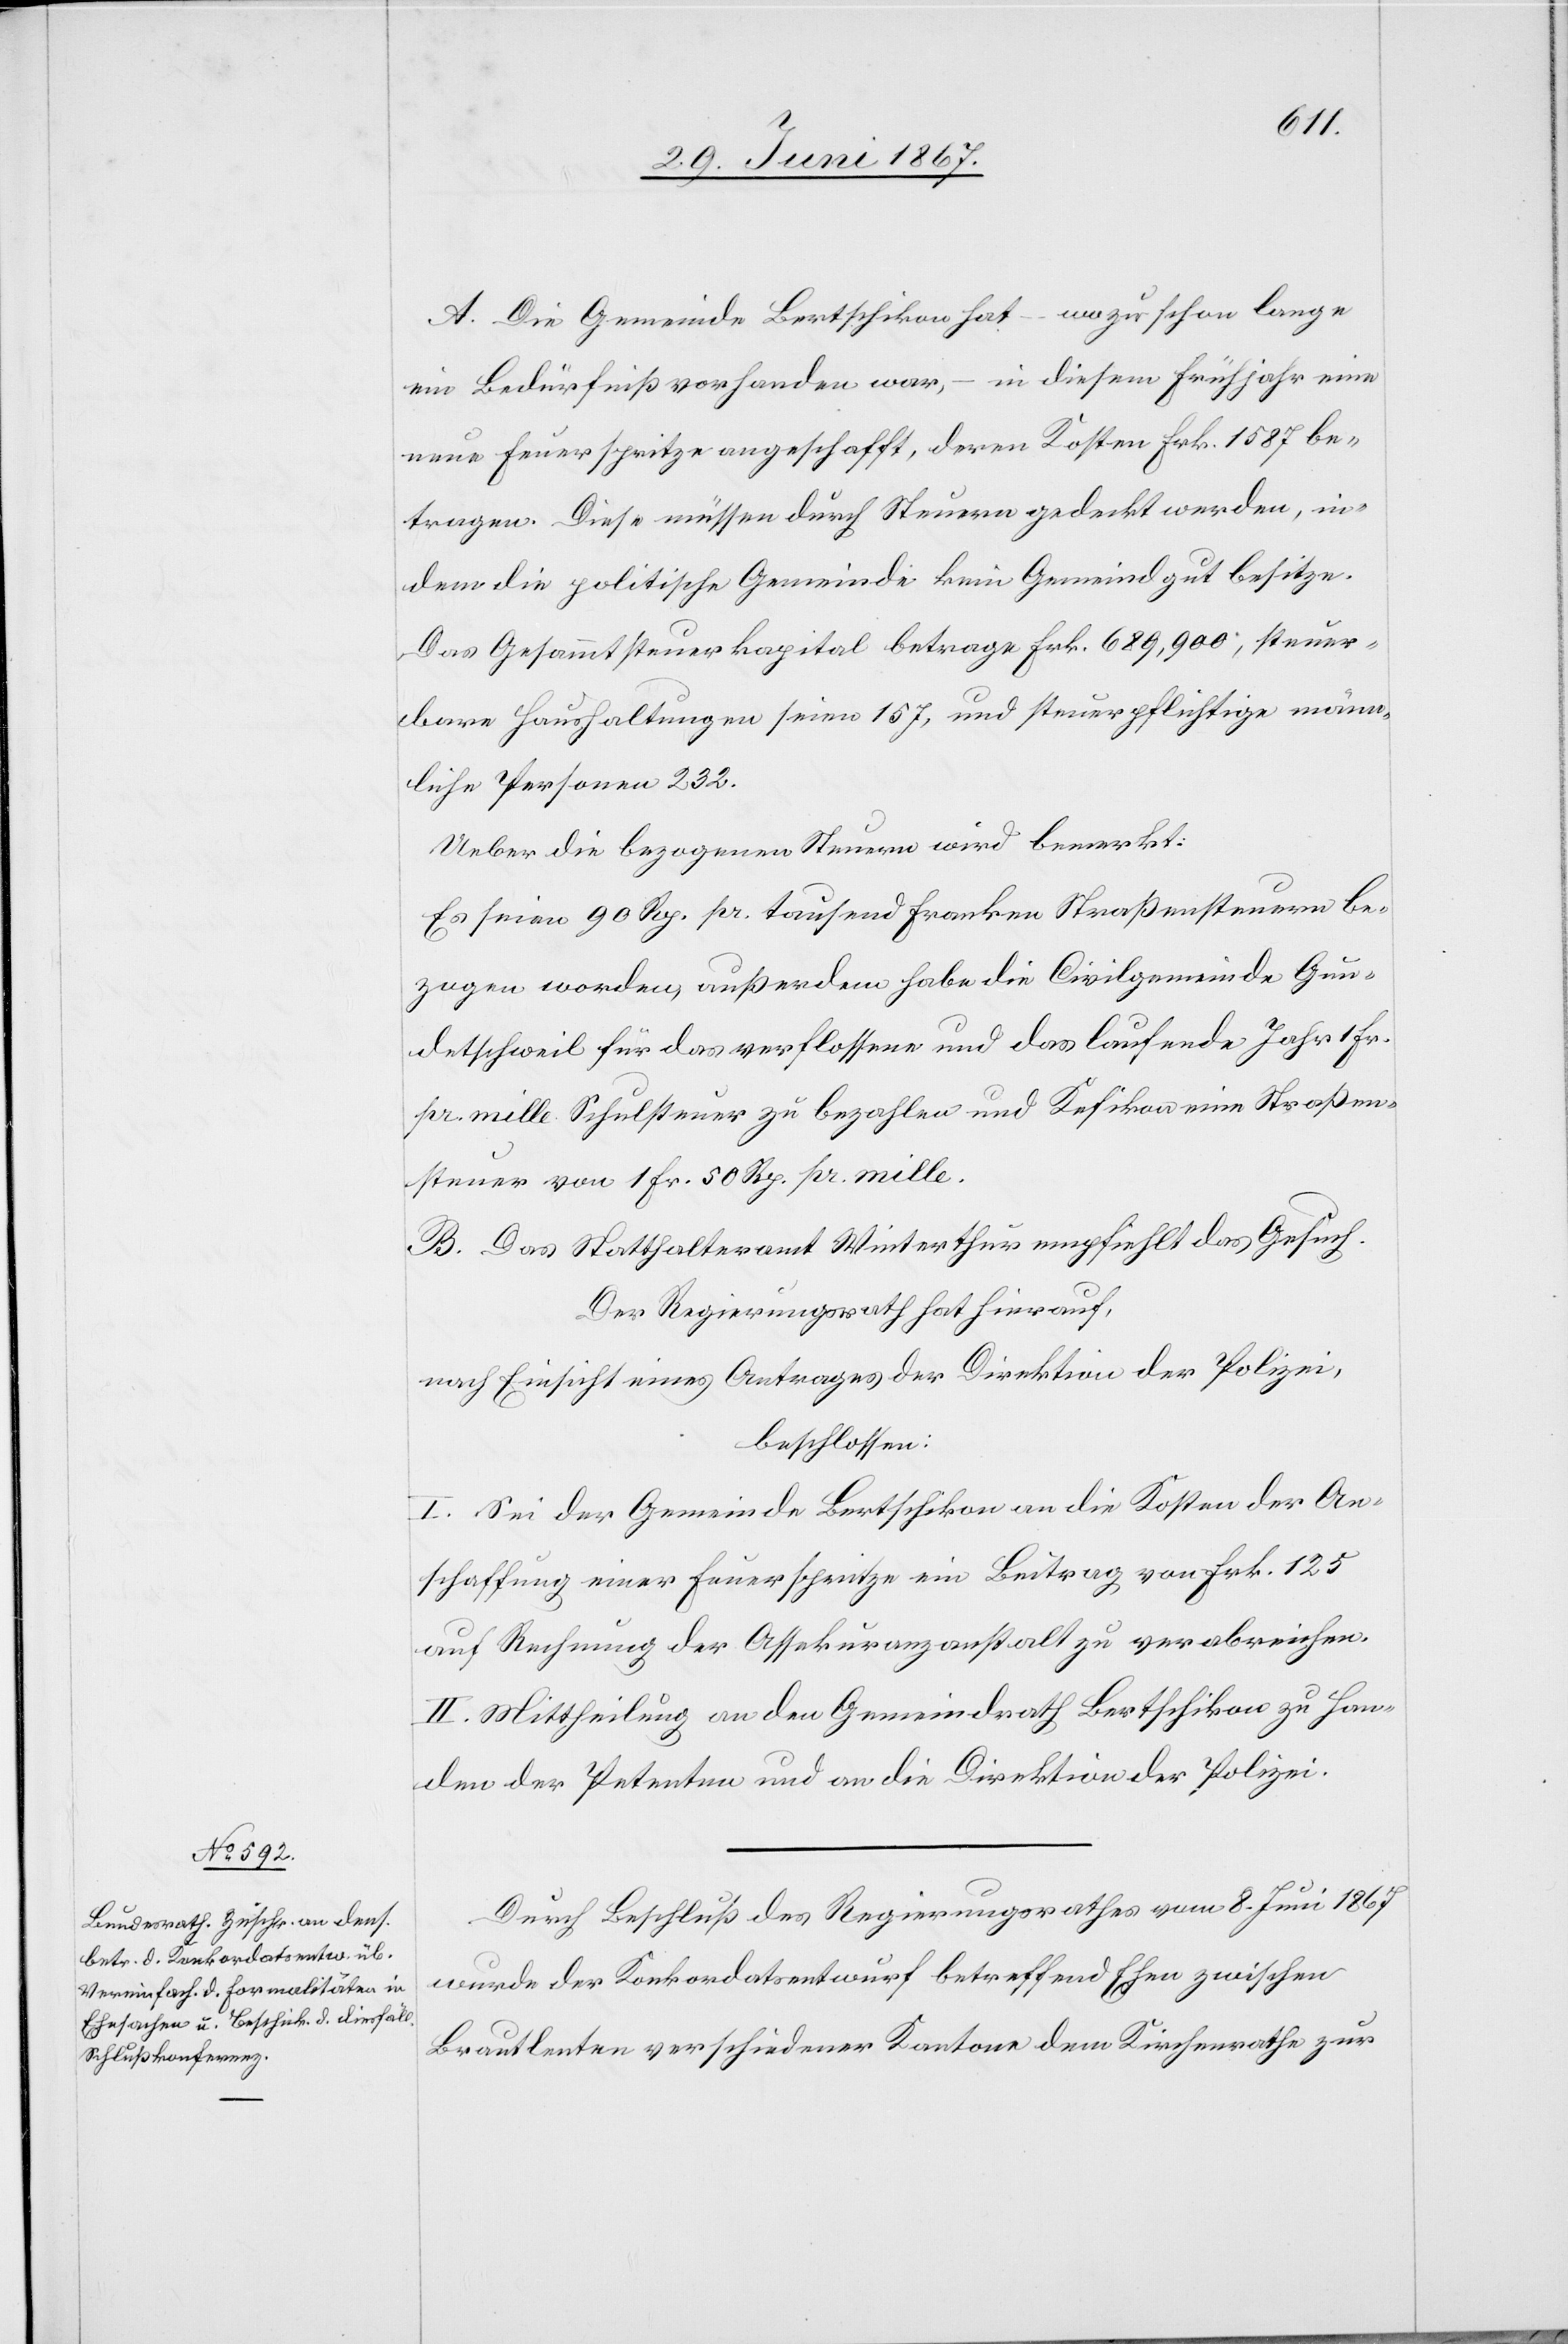
A. Die Gemeinde Bertschikon hat – wozu schon lange
ein Bedürfniß vorhanden war, – in diesem Frühjahr eine
neue Feuerspritze angeschafft, deren Kosten Frk. 1587 be¬
tragen. Diese müssen durch Steuern gedeckt werden, in¬
dem die politische Gemeinde kein Gemeindgut besitze.
Das Gesammtsteuerkapital betrage Frk. 698 900, steuer¬
bare Haushaltungen seien 157, und steuerpflichtige männ¬
liche Personen 232.
Ueber die bezogenen Steuern wird bemerkt:
Es seien 90 Rp. pr. tausend Franken Straßensteuern be¬
zogen worden, außerdem habe die Civilgemeinde Gun¬
detschweil für das verflossene und das laufende Jahr 1 Fr.
pr. mille Schulsteuer zu bezahlen und Kefikon eine Straßen¬
steuer von 1 Fr. 50 Rp. pr. mille.
B. Das Statthalteramt Winterthur empfiehlt das Gesuch.
Der Regierungsrath hat hierauf,
nach Einsicht eines Antrages der Direktion der Polizei,
beschlossen:
I. Sei der Gemeinde Bertschikon an die Kosten der An¬
schaffung einer Feuerspritze ein Beitrag von Frk. 125
auf Rechnung der Assekuranzanstalt zu verabreichen.
II. Mittheilung an den Gemeindrath Bertschikon zu Han¬
den der Petenten und an die Direktion der Polizei.
Durch Beschluß des Regierungsrathes vom 8. Juni 1867
wurde der Konkordatsentwurf betreffend Ehen zwischen
Brautleuten verschiedener Kantone dem Kirchenrathe zur